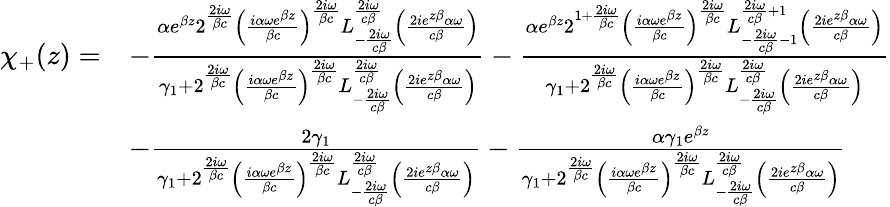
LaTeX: \begin{array}{rl}{\chi_{+}(z)=}&{-\frac{\alpha e^{\beta z}2^{\frac{2i\omega}{\beta c}}\left(\frac{i\alpha\omega e^{\beta z}}{\beta c}\right)^{\frac{2i\omega}{\beta c}}L_{-\frac{2i\omega}{c\beta}}^{\frac{2i\omega}{c\beta}}\left(\frac{2ie^{z\beta}\alpha\omega}{c\beta}\right)}{\gamma_{1}+2^{\frac{2i\omega}{\beta c}}\left(\frac{i\alpha\omega e^{\beta z}}{\beta c}\right)^{\frac{2i\omega}{\beta c}}L_{-\frac{2i\omega}{c\beta}}^{\frac{2i\omega}{c\beta}}\left(\frac{2ie^{z\beta}\alpha\omega}{c\beta}\right)}-\frac{\alpha e^{\beta z}2^{1+\frac{2i\omega}{\beta c}}\left(\frac{i\alpha\omega e^{\beta z}}{\beta c}\right)^{\frac{2i\omega}{\beta c}}L_{-\frac{2i\omega}{c\beta}-1}^{\frac{2i\omega}{c\beta}+1}\left(\frac{2ie^{z\beta}\alpha\omega}{c\beta}\right)}{\gamma_{1}+2^{\frac{2i\omega}{\beta c}}\left(\frac{i\alpha\omega e^{\beta z}}{\beta c}\right)^{\frac{2i\omega}{\beta c}}L_{-\frac{2i\omega}{c\beta}}^{\frac{2i\omega}{c\beta}}\left(\frac{2ie^{z\beta}\alpha\omega}{c\beta}\right)}}\\ &{-\frac{2\gamma_{1}}{\gamma_{1}+2^{\frac{2i\omega}{\beta c}}\left(\frac{i\alpha\omega e^{\beta z}}{\beta c}\right)^{\frac{2i\omega}{\beta c}}L_{-\frac{2i\omega}{c\beta}}^{\frac{2i\omega}{c\beta}}\left(\frac{2ie^{z\beta}\alpha\omega}{c\beta}\right)}-\frac{\alpha\gamma_{1}e^{\beta z}}{\gamma_{1}+2^{\frac{2i\omega}{\beta c}}\left(\frac{i\alpha\omega e^{\beta z}}{\beta c}\right)^{\frac{2i\omega}{\beta c}}L_{-\frac{2i\omega}{c\beta}}^{\frac{2i\omega}{c\beta}}\left(\frac{2ie^{z\beta}\alpha\omega}{c\beta}\right)}}\end{array}